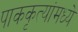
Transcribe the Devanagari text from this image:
पाककृत्यांमध्ये